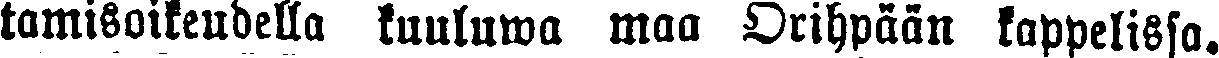
tamisoikeudella kuuluwa maa Orihpään kappelissa.